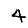
Digit: 4